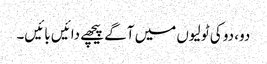
دو، دو کی ٹولیوں میں آگے پیچھے دائیں بائیں۔